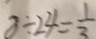
8 \div 2 4 = \frac { 1 } { 3 }